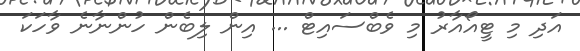
އަދި މި ޓީއޯއާރު މި ވެބްސައިޓް ... އިން ލިބެން ހުންނާނެ ވާހަކަ